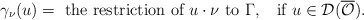
\begin{align*}\gamma_\nu(u)= \mbox{ the restriction of } u\cdot \nu \mbox{ to } \Gamma, \;\; \mbox{ if } u\in \mathcal{D}(\overline{\mathcal{O}}).\end{align*}